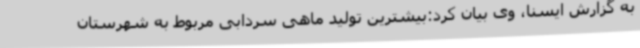
به گزارش ایسنا، وی بیان کرد:بیشترین تولید ماهی سردابی مربوط به شهرستان